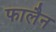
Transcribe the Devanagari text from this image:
फालैन